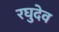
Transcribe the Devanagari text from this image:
रघुदेव